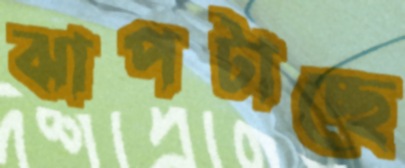
ঝাপটাচ্ছে